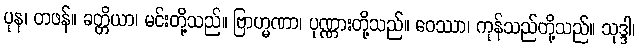
ပုန၊ တဖန်။ ခတ္တိယာ၊ မင်းတို့သည်။ ဗြာဟ္မဏာ၊ ပုဏ္ဏားတို့သည်။ ဝေဿာ၊ ကုန်သည်တို့သည်။ သုဒ္ဒါ၊